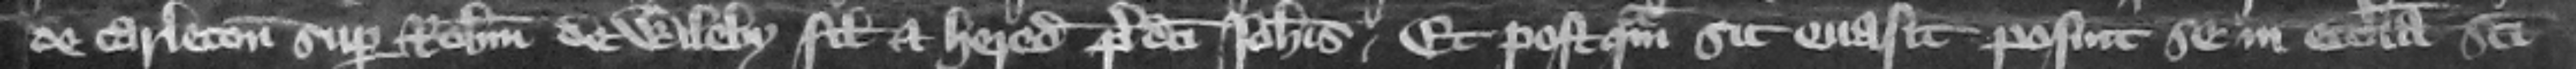
de Carleton super Robertum de Wileby filium et heredem predicti Iohannis. Et postquam sic euasit posuit se in ecclesia Sancti